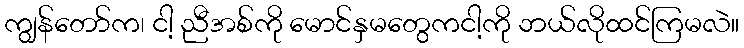
ကျွန်တော်က၊ ငါ့ ညီအစ်ကို မောင်နှမတွေကငါ့ကို ဘယ်လိုထင်ကြမလဲ။